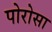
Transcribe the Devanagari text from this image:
पोरोसा